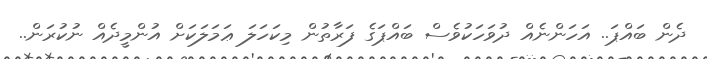
ދެން ބައްޕަ.. އަހަންނެއް ދުވަހަކުވެސް ބައްޕަގެ ފަރާތުން މިކަހަލަ ޢަމަލަކަށް އުންމީދެއް ނުކުރަން..